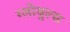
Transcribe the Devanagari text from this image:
ग्लोबुल्स